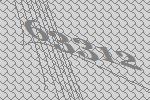
63312